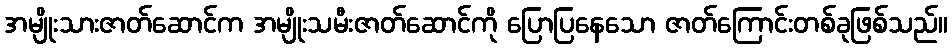
အမျိုးသားဇာတ်ဆောင်က အမျိုးသမီးဇာတ်ဆောင်ကို ပြောပြနေသော ဇာတ်ကြောင်းတစ်ခုဖြစ်သည်။